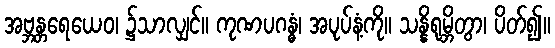
အဗ္ဘန္တရေယေဝ၊ ၌သာလျှင်။ ကုဏပဂန္ဓံ၊ အပုပ်နံ့ကို။ သန္နိရုမ္ဘိတွာ၊ ပိတ်၍။